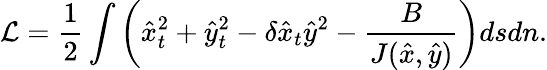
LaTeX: \mathcal{L}=\frac{1}{2}\int\left(\hat{x}_{t}^{2}+\hat{y}_{t}^{2}-\delta\hat{x}_{t}\hat{y}^{2}-\frac{B}{J(\hat{x},\hat{y})}\right)dsdn.